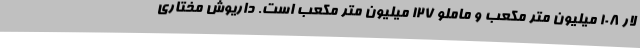
لار ۱۰۸ میلیون متر مکعب و ماملو ۱۲۷ میلیون متر مکعب است. داریوش مختاری